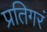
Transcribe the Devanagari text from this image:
प्रतिगरं